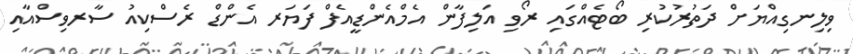
ވިލިނގިއްޔަށް ދަތުރުކުރި ބޯޓެއްގައި ރޯވި އަލިފާން އެމްއެންޑީއެފް ފަޔަރ އެންޑް ރެސްކިއު ސާރވިސްއާއި